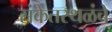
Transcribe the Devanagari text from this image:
संकेतस्थळंचे